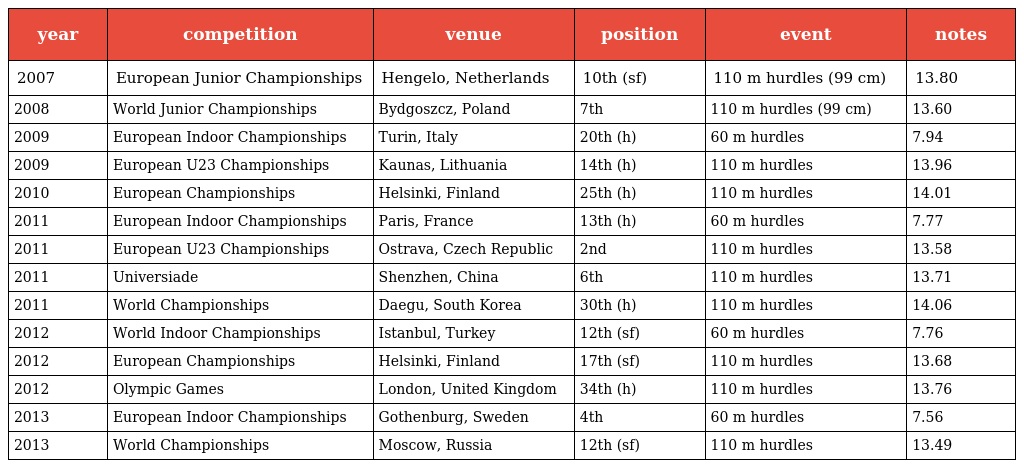
| year | competition | venue | position | event | notes |
 | --- | --- | --- | --- | --- | --- |
 | 2007 | European Junior Championships | Hengelo, Netherlands | 10th (sf) | 110 m hurdles (99 cm) | 13.80 |
 | 2008 | World Junior Championships | Bydgoszcz, Poland | 7th | 110 m hurdles (99 cm) | 13.60 |
 | 2009 | European Indoor Championships | Turin, Italy | 20th (h) | 60 m hurdles | 7.94 |
 | 2009 | European U23 Championships | Kaunas, Lithuania | 14th (h) | 110 m hurdles | 13.96 |
 | 2010 | European Championships | Helsinki, Finland | 25th (h) | 110 m hurdles | 14.01 |
 | 2011 | European Indoor Championships | Paris, France | 13th (h) | 60 m hurdles | 7.77 |
 | 2011 | European U23 Championships | Ostrava, Czech Republic | 2nd | 110 m hurdles | 13.58 |
 | 2011 | Universiade | Shenzhen, China | 6th | 110 m hurdles | 13.71 |
 | 2011 | World Championships | Daegu, South Korea | 30th (h) | 110 m hurdles | 14.06 |
 | 2012 | World Indoor Championships | Istanbul, Turkey | 12th (sf) | 60 m hurdles | 7.76 |
 | 2012 | European Championships | Helsinki, Finland | 17th (sf) | 110 m hurdles | 13.68 |
 | 2012 | Olympic Games | London, United Kingdom | 34th (h) | 110 m hurdles | 13.76 |
 | 2013 | European Indoor Championships | Gothenburg, Sweden | 4th | 60 m hurdles | 7.56 |
 | 2013 | World Championships | Moscow, Russia | 12th (sf) | 110 m hurdles | 13.49 |